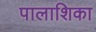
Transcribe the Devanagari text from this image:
पालाशिका